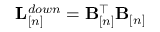
{ \bf L } _ { [ n ] } ^ { d o w n } = { \bf B } _ { [ n ] } ^ { \top } { \bf B } _ { [ n ] }